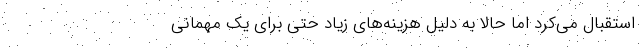
استقبال می‌کرد اما حالا به دلیل هزینه‌های زیاد حتی برای یک مهمانی